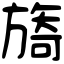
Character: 旖